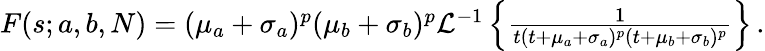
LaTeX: \begin{array}{r}{F(s;a,b,N)=(\mu_{a}+\sigma_{a})^{p}(\mu_{b}+\sigma_{b})^{p}\mathcal{L}^{-1}\left\{ \frac{1}{t(t+\mu_{a}+\sigma_{a})^{p}(t+\mu_{b}+\sigma_{b})^{p}}\right\} \, .}\end{array}